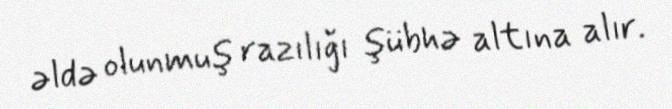
əldə olunmuş razılığı şübhə altına alır.